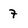
Character: 7